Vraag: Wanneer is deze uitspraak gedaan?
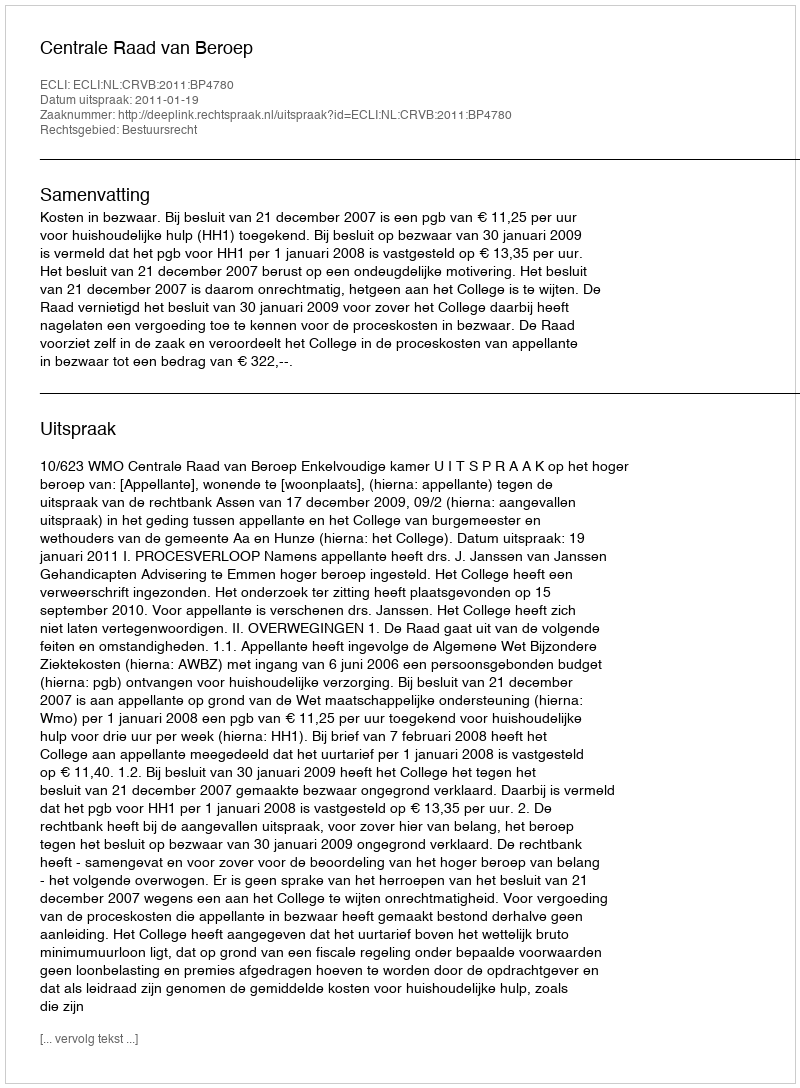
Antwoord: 2011-01-19